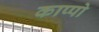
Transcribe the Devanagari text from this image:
काप्पो